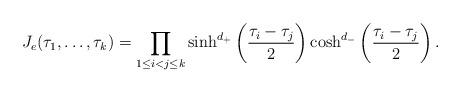
LaTeX: \begin{align*}J_e(\tau_1,\ldots,\tau_k)=\prod_{1\leq i<j\leq k}\sinh^{d_+}\left(\frac{\tau_i-\tau_j}{2}\right)\cosh^{d_-}\left(\frac{\tau_i-\tau_j}{2}\right).\end{align*}